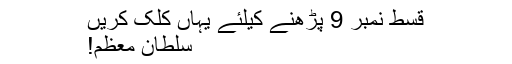
قسط نمبر 9 پڑھنے کیلئے یہاں کلک کریں
سلطان معظم!